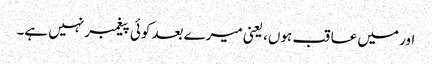
اور میں عاقب ہوں، یعنی میرے بعد کوئی پیغمبر نہیں ہے۔